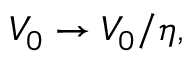
V _ { 0 } \to V _ { 0 } / \eta ,